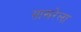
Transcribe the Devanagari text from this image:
साखरेला